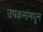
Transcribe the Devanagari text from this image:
उपक्रमांमधून